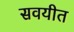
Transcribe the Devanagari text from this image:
सवयीत